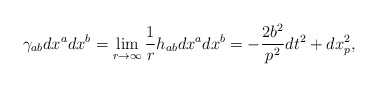
\begin{align*}\gamma_{ab}dx^a dx^b =\lim_{r\to \infty}\frac{1}{r}h_{ab}dx^a dx^b =-\frac{2b^2}{p^2}dt^2 +dx_p^2,\end{align*}